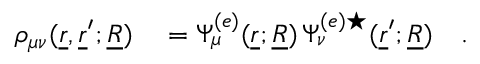
\begin{array} { r l } { \rho _ { \mu \nu } ( \underline { { r } } , \underline { { r } } ^ { \prime } ; \underline { { R } } ) } & { { } = \Psi _ { \mu } ^ { ( e ) } ( \underline { { r } } ; \underline { { R } } ) \, \Psi _ { \nu } ^ { ( e ) \star } ( \underline { { r } } ^ { \prime } ; \underline { { R } } ) \quad . } \end{array}